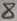
Text: 8